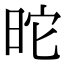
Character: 𣅸